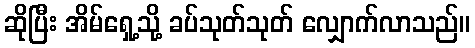
ဆိုပြီး အိမ်ရှေ့သို့ ခပ်သုတ်သုတ် လျှောက်လာသည်။